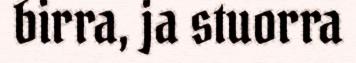
birra, ja stuorra